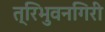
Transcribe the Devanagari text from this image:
त्रिभुवनगिरी